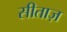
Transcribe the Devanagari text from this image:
सीताज़